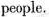
people.